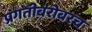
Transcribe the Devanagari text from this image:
प्रगतीबरोबरच